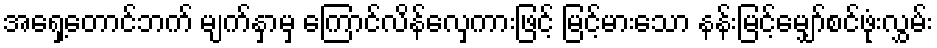
အရှေ့တောင်ဘက် မျက်နှာမှ ကြောင်လိန်လှေကားဖြင့် မြင့်မားသော နန်းမြင့်မျှော်စင်ဖုံးလွှမ်း